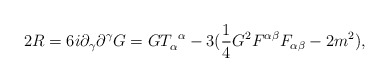
\begin{align*}2R=6i\partial_\gamma\partial^\gamma G=GT^{~\alpha}_\alpha-3({1\over 4}G^2F^{\alpha\beta}F_{\alpha\beta}-2m^2),\end{align*}